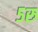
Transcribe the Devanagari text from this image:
५रु